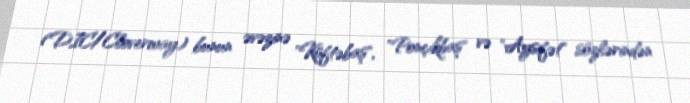
(DIC/Cloverway) bunun əvəzinə "Küftəbaş", "Ponçikbaş" və "Aysifət" sözlərindən